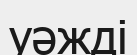
уәжді